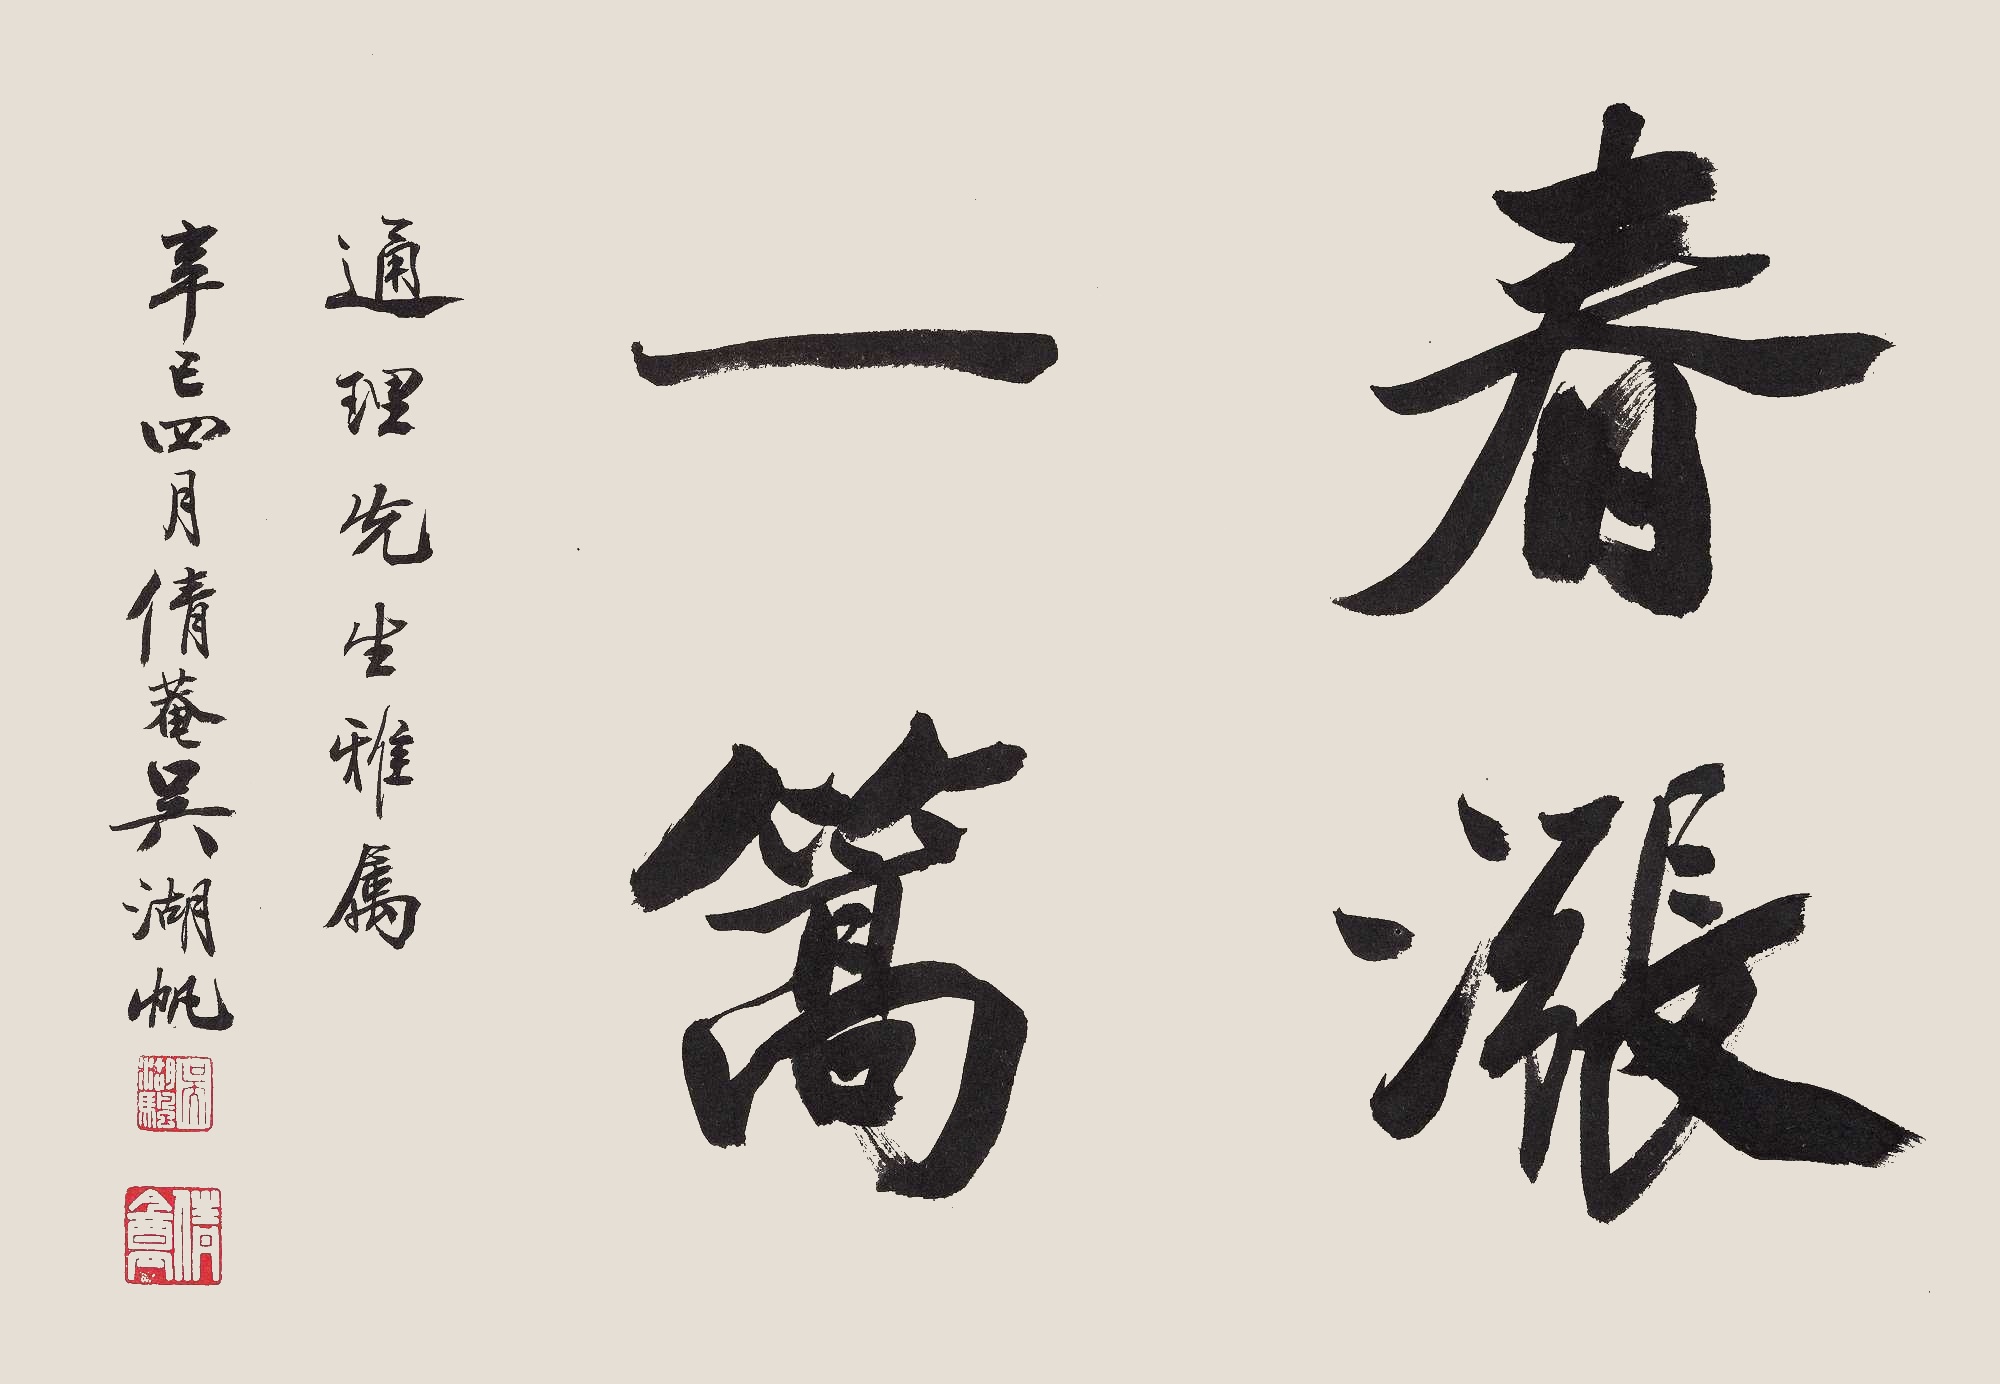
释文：春涨一篙通理先生雅属，辛巳四月倩庵吴湖帆。